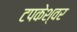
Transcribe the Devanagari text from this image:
टपकेश्‍वर